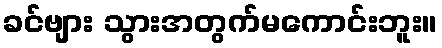
ခင်ဗျား သွားအတွက်မကောင်းဘူး။